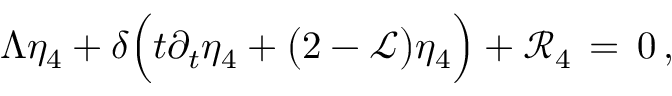
\Lambda \eta _ { 4 } + \delta \Bigl ( t \partial _ { t } \eta _ { 4 } + \bigl ( 2 - \mathcal { L } \bigr ) \eta _ { 4 } \Bigr ) + \mathcal { R } _ { 4 } \, = \, 0 \, ,